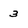
Character: 3